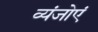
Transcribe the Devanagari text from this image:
व्यंजोएं